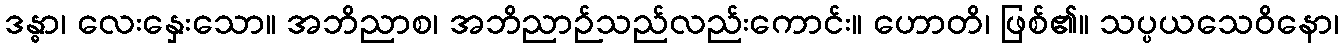
ဒန္ဓာ၊ လေးနှေးသော။ အဘိညာစ၊ အဘိညာဉ်သည်လည်းကောင်း။ ဟောတိ၊ ဖြစ်၏။ သပ္ပယသေဝိနော၊